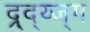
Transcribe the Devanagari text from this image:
द्र्द्य्ज्ग